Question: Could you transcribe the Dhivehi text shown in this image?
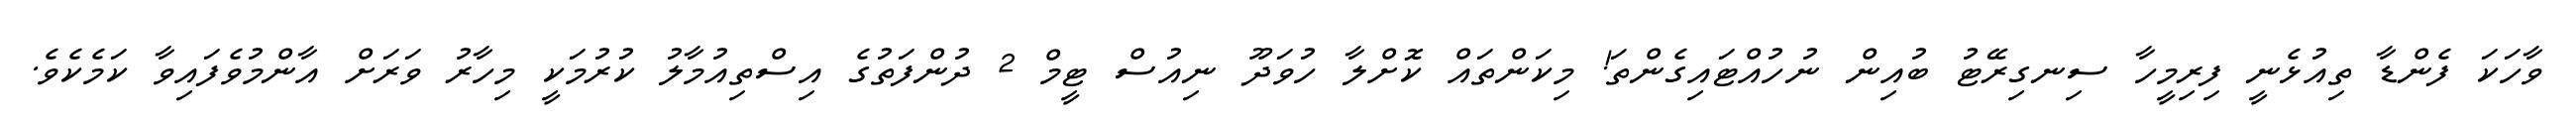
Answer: ވާހަކަ ފެންޑާ ތިއުޅެނީ ފިރިމީހާ ސިނގިރޭޓު ބުއިން ނުހުއްޓައިގެންތަ! މިކަންތައް ކޮށްލާ ހުވަދޫ ނިއުސް ޓީމް 2 ދުންފަތުގެ އިސްތިއުމާލު ކުރުމަކީ މިހާރު ވަރަށް އާންމުވެފައިވާ ކަމެކެވެ.